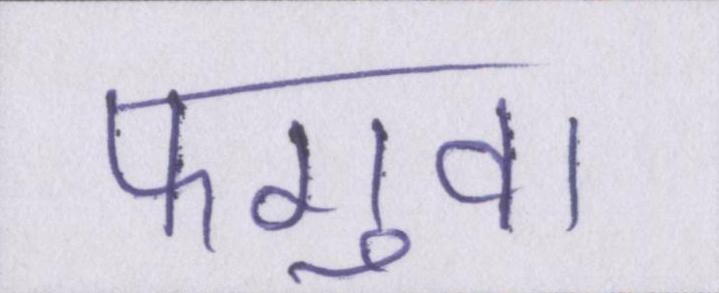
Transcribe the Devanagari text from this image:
फगुवा